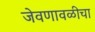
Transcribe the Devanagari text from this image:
जेवणावळीचा